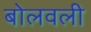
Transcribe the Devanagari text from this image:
बोलवली